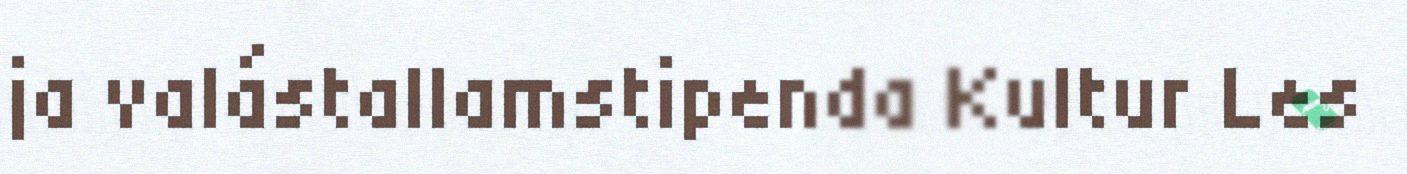
ja valástallamstipenda Kultur Les